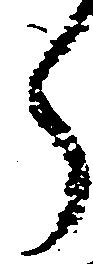
ら